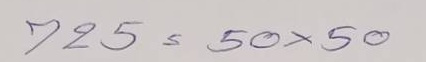
725 = 50 x 50